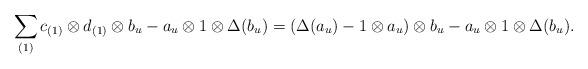
LaTeX: \begin{align*} & \sum_{(1)} c_{(1)}\otimes d_{(1)} \otimes b_u - a_u \otimes 1 \otimes \Delta(b_u) = ( \Delta (a_u) - 1\otimes a_u ) \otimes b_u - a_u \otimes 1 \otimes \Delta(b_u). \end{align*}